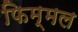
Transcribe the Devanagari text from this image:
फिम्मल